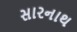
સારનાથ